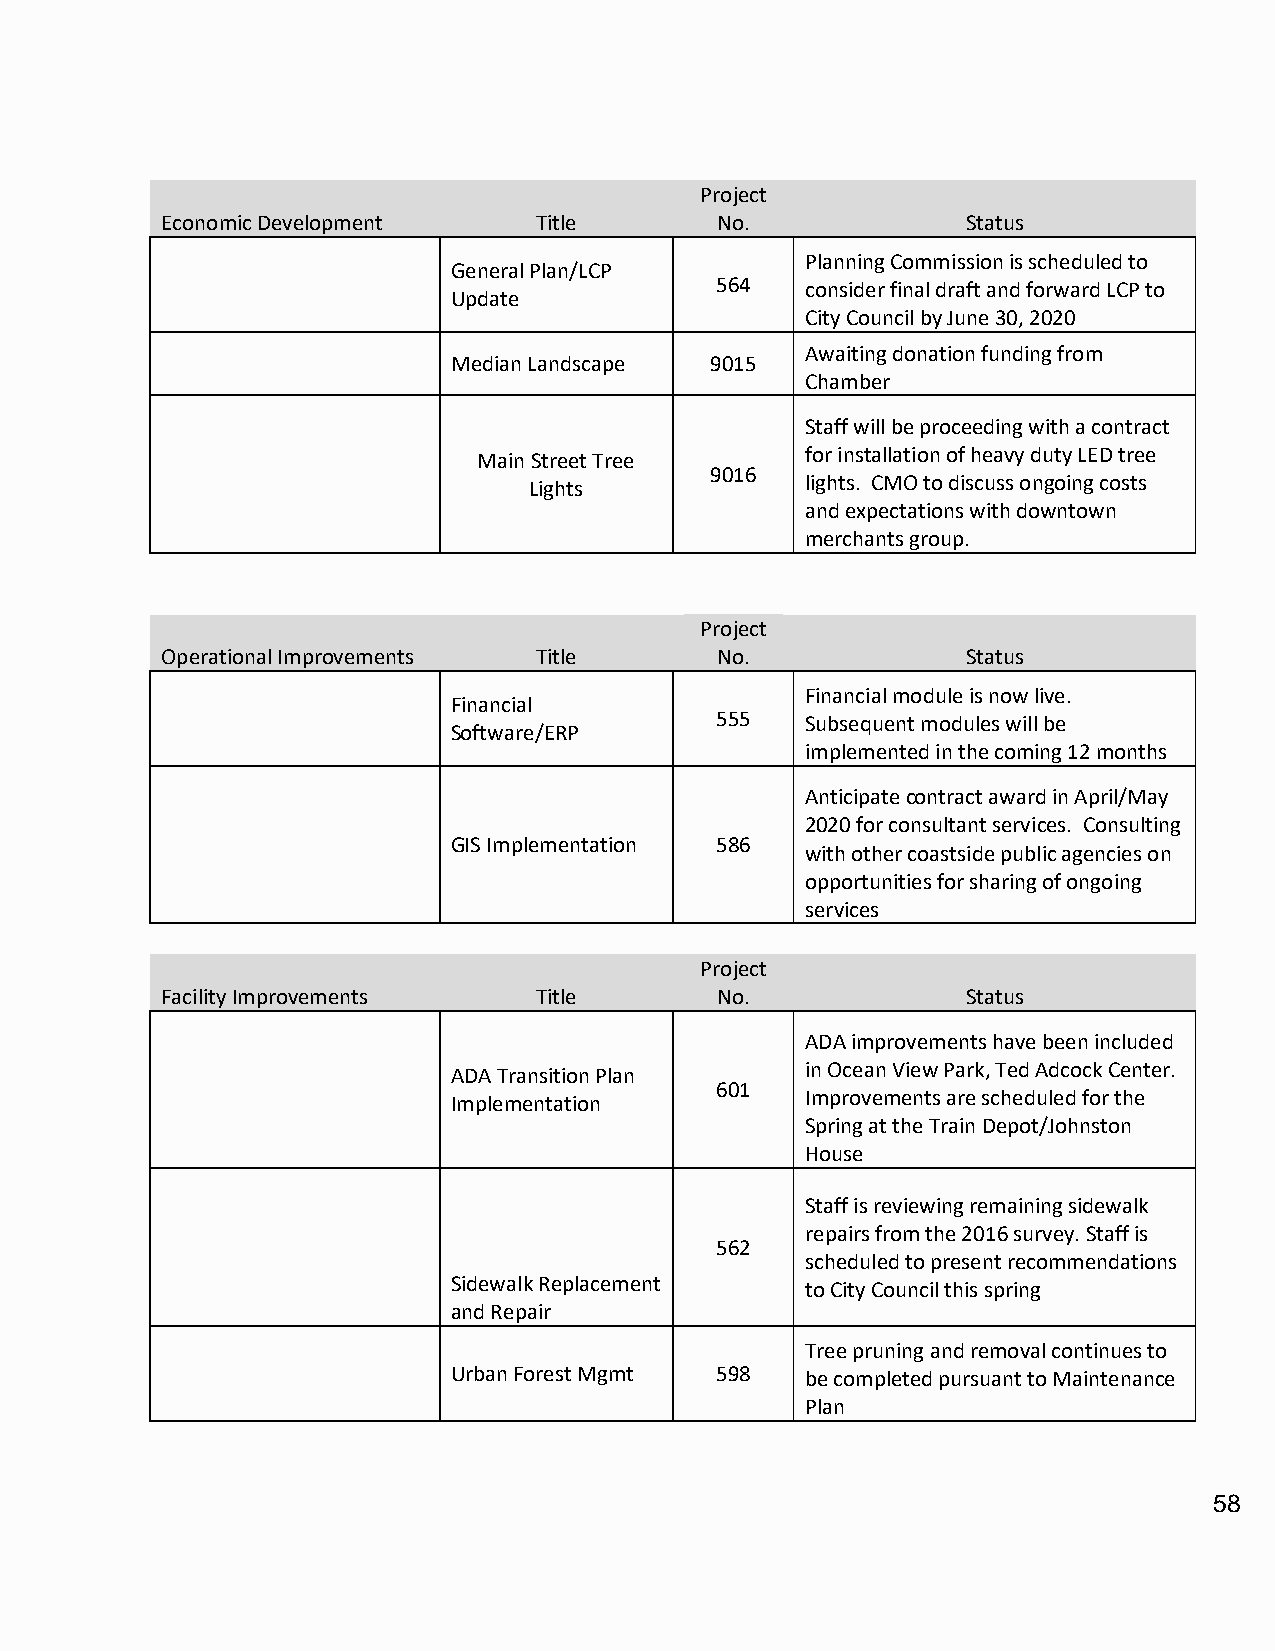
Project
 Economic Development    Title       No.              Status
 Planning Commission is scheduled to
 General Plan/LCP
 564   consider final draft and forward LCP to
 Update
 City Council by June 30, 2020
 Awaiting donation funding from
 Median Landscape 9015
 Chamber
 Staff will be proceeding with a contract
 Main Street Tree     for installation of heavy duty LED tree
 9016
 Lights            lights. CMO to discuss ongoing costs
 and expectations with downtown
 merchants group.
 Project
 Operational Improvements Title      No.              Status
 Financial module is now live.
 Financial
 555   Subsequent modules will be
 Software/ERP
 implemented in the coming 12 months
 Anticipate contract award in April/May
 2020 for consultant services. Consulting
 GIS Implementation 586
 with other coastside public agencies on
 opportunities for sharing of ongoing
 services
 Project
 Facility Improvements   Title       No.              Status
 ADA improvements have been included
 ADA Transition Plan    in Ocean View Park, Ted Adcock Center.
 601
 Implementation         Improvements are scheduled for the
 Spring at the Train Depot/Johnston
 House
 Staff is reviewing remaining sidewalk
 repairs from the 2016 survey. Staff is
 562
 scheduled to present recommendations
 Sidewalk Replacement   to City Council this spring
 and Repair
 Tree pruning and removal continues to
 Urban Forest Mgmt 598  be completed pursuant to Maintenance
 Plan
 58